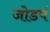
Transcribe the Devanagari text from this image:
जोडपं